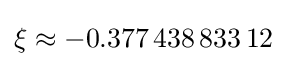
\xi \approx -0.377\,438\,833\,12